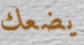
يضعك